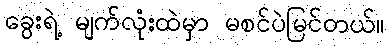
ခွေးရဲ့ မျက်လုံးထဲမှာ မစင်ပဲမြင်တယ်။